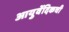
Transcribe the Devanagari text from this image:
आयुर्वेदिकची